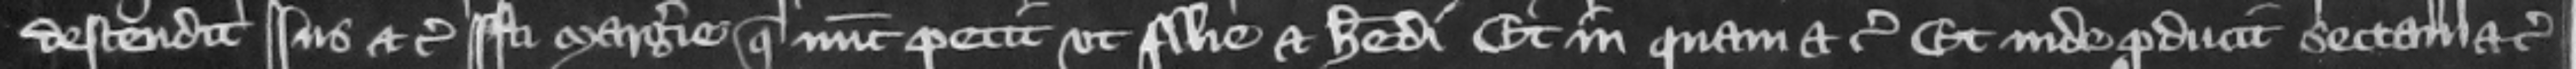
descendit ius etc. isti Margerie que nunc petit vt filie et heredi Et in quam etc. Et inde producunt sectam etc.